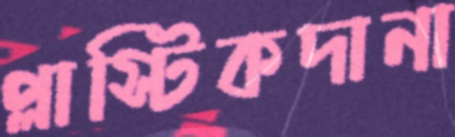
প্লাস্টিকদানা